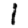
Digit: 1